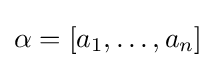
\alpha =[a_{1},\dots ,a_{n}]